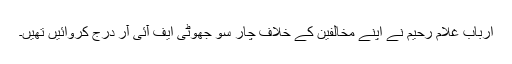
ارباب غلام رحیم نے اپنے مخالفین کے خلاف چار سو جھوٹی ایف آئی آر درج کروائیں تھیں۔